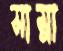
সাম্‌লা